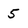
Character: 5